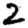
Digit: 2